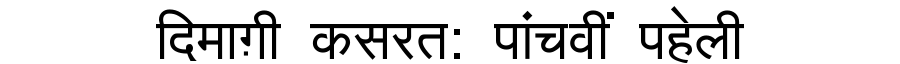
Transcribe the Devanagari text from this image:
दिमाग़ी कसरत: पांचवीं पहेली